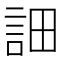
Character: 𧦵